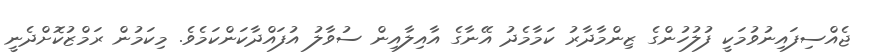
ޖެއްސިފައިނުވުމަކީ ފުލުހުންގެ ޒިންމާދާރު ކަމާމެދު އޭނާގެ އާއިލާއިން ސުވާލު އުފައްދާކަންކަމެވެ. މިކަމުން ރަމްޒުކޮށްދެނީ